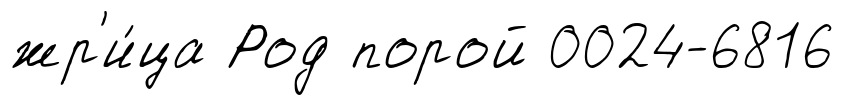
жр'и́ца Род порой 0024-6816